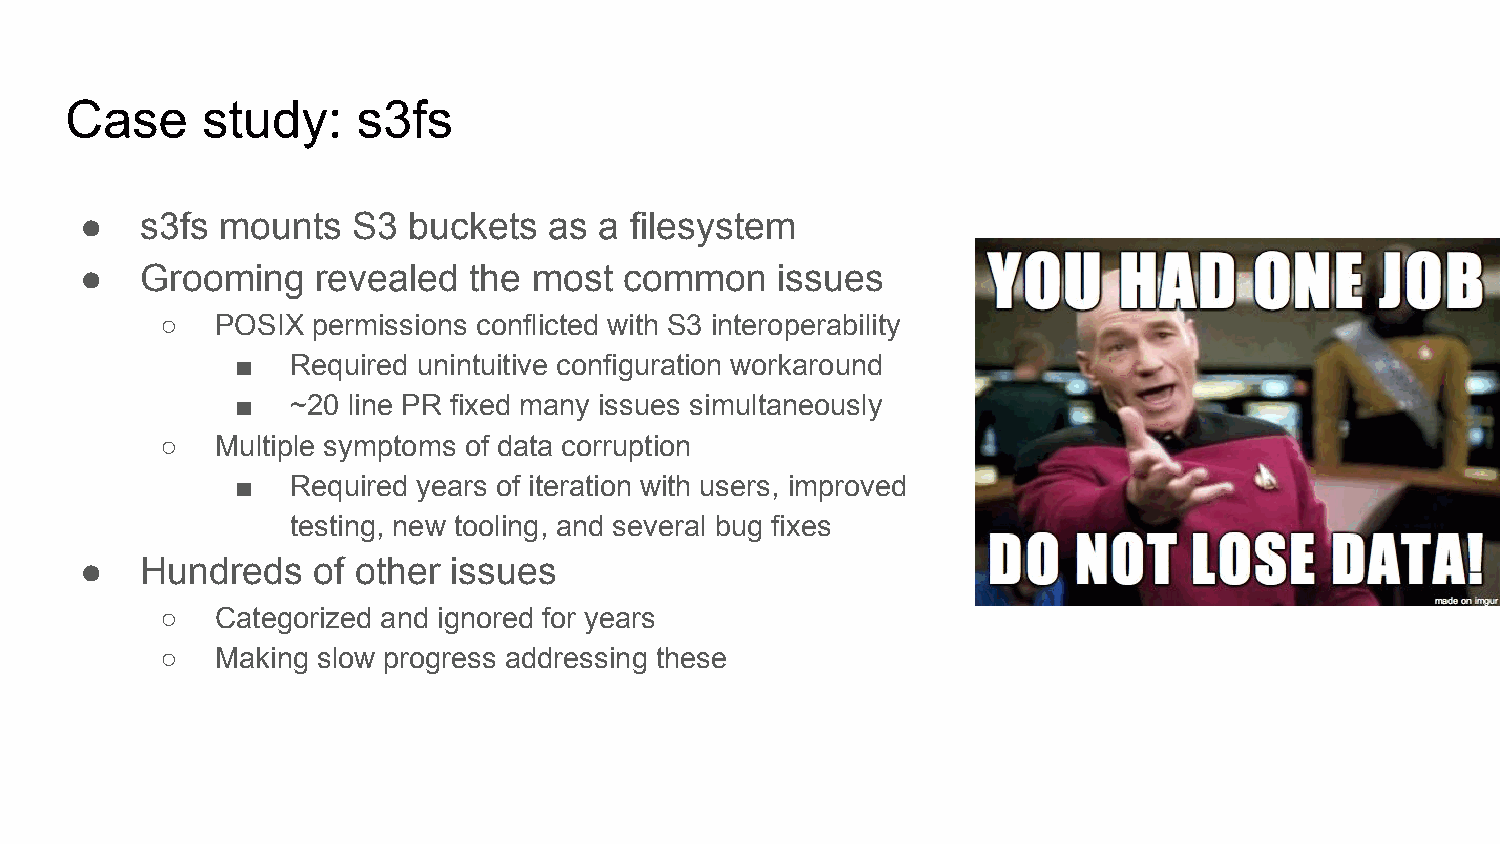
Case     study:     s3fs
 ●   s3fs  mounts  S3  buckets  as  a filesystem
 ●   Grooming    revealed  the most  common    issues
 ○  POSIX  permissions conflicted with S3 interoperability
 ■  Required unintuitive configuration workaround
 ■  ~20 line PR fixed many issues simultaneously
 ○  Multiple symptoms of data corruption
 ■  Required years of iteration with users, improved
 testing, new tooling, and several bug fixes
 ●   Hundreds    of other issues
 ○  Categorized and ignored for years
 ○  Making slow progress addressing these